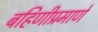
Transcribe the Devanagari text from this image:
बहिणीप्रमाणे